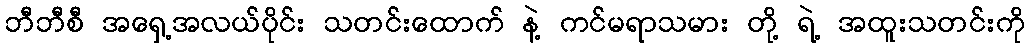
ဘီဘီစီ အရှေ့အလယ်ပိုင်း သတင်းထောက် နဲ့ ကင်မရာသမား တို့ ရဲ့ အထူးသတင်းကို